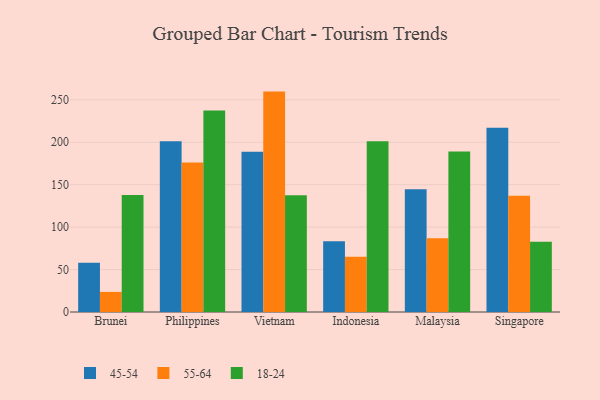
{"axis": {"x": "Country", "y": "Active Users"}, "legend": ["18-24", "45-54", "55-64"], "data": [{"x": "Brunei", "y": 58.1, "type": "45-54"}, {"x": "Brunei", "y": 23.7, "type": "55-64"}, {"x": "Brunei", "y": 137.8, "type": "18-24"}, {"x": "Philippines", "y": 201.2, "type": "45-54"}, {"x": "Philippines", "y": 176.3, "type": "55-64"}, {"x": "Philippines", "y": 237.3, "type": "18-24"}, {"x": "Vietnam", "y": 188.8, "type": "45-54"}, {"x": "Vietnam", "y": 259.7, "type": "55-64"}, {"x": "Vietnam", "y": 137.7, "type": "18-24"}, {"x": "Indonesia", "y": 83.3, "type": "45-54"}, {"x": "Indonesia", "y": 65.1, "type": "55-64"}, {"x": "Indonesia", "y": 201.1, "type": "18-24"}, {"x": "Malaysia", "y": 144.6, "type": "45-54"}, {"x": "Malaysia", "y": 86.9, "type": "55-64"}, {"x": "Malaysia", "y": 189.0, "type": "18-24"}, {"x": "Singapore", "y": 217.1, "type": "45-54"}, {"x": "Singapore", "y": 136.9, "type": "55-64"}, {"x": "Singapore", "y": 82.7, "type": "18-24"}]}